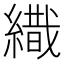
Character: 𦄩